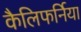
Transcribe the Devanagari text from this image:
कैलिफर्निया